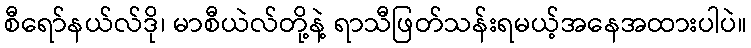
စီရော်နယ်လ်ဒို၊ မာစီယဲလ်တို့နဲ့ ရာသီဖြတ်သန်းရမယ့်အနေအထားပါပဲ။